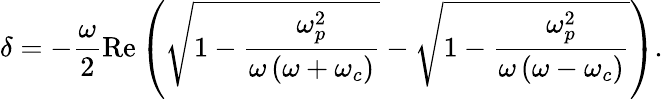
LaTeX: \delta=-\frac{\omega}{2}\mathrm{Re}\left(\sqrt{1-\frac{\omega_{p}^{2}}{\omega\left(\omega+\omega_{c}\right)}}-\sqrt{1-\frac{\omega_{p}^{2}}{\omega\left(\omega-\omega_{c}\right)}}\right).